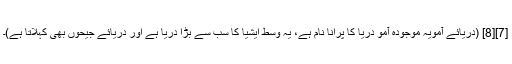
[7][8] (دریائے آمویہ موجودہ آمو دریا کا پرانا نام ہے، یہ وسط ایشیا کا سب سے بڑا دریا ہے اور دریائے جیحوں بھی کہلاتا ہے)۔